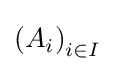
\left(A_{i}\right)_{i\in I}